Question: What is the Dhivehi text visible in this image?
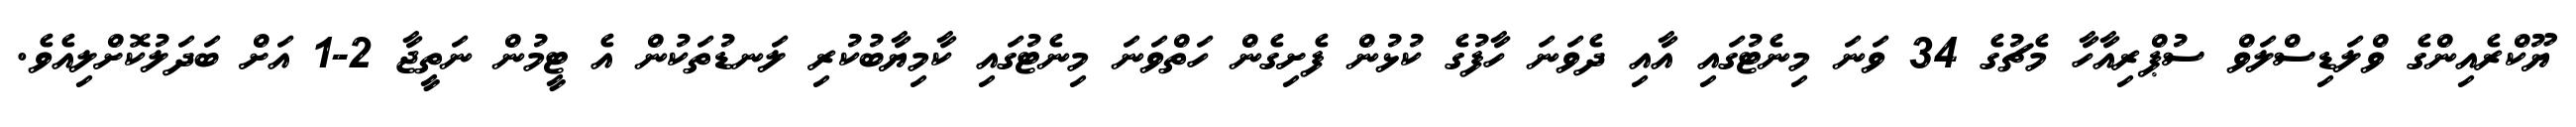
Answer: ޔޫކްރެއިންގެ ވްލަޑިސްލަވް ސުޕްރިއާހާ މެޗުގެ 34 ވަނަ މިނެޓުގައި އާއި ދެވަނަ ހާފުގެ ކުޅުން ފެށިގެން ހަތްވަނަ މިނެޓުގައި ކާމިޔާބުކުރި ލަނޑުތަކުން އެ ޓީމުން ނަތީޖާ 2-1 އަށް ބަދަލުކޮށްލިއެވެ.